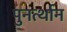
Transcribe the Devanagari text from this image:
पुनर्त्थान